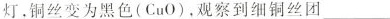
灯，铜丝变为黑色(CuO)，观察到细铜丝团___